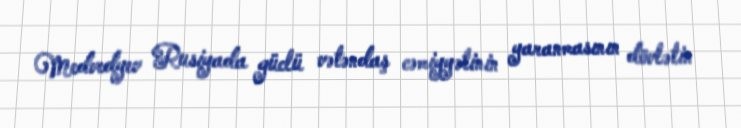
Medvedyev Rusiyada güclü vətəndaş cəmiyyətinin yaranmasının dövlətin